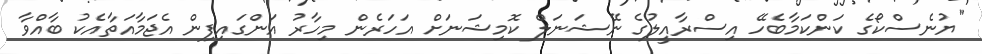
"ޔުނެސްކޯގެ ކަންކަމާބެހޭ އިސްރާއީލުގެ ނޭޝަނަލް ކޮމިޝަނަށް އަހަރެން މިހާރު އަންގައިފިން އެޖަމާއަތާއެކު ބާއްވާ